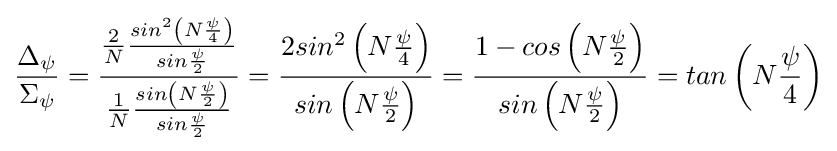
{\frac {\Delta _{\psi }}{\Sigma _{\psi }}}={\frac {{\frac {2}{N}}{\frac {sin^{2}\left(N{\frac {\psi }{4}}\right)}{sin{\frac {\psi }{2}}}}}{{\frac {1}{N}}{\frac {sin\left(N{\frac {\psi }{2}}\right)}{sin{\frac {\psi }{2}}}}}}={\frac {2sin^{2}\left(N{\frac {\psi }{4}}\right)}{sin\left(N{\frac {\psi }{2}}\right)}}={\frac {1-cos\left(N{\frac {\psi }{2}}\right)}{sin\left(N{\frac {\psi }{2}}\right)}}=tan\left(N{\frac {\psi }{4}}\right)